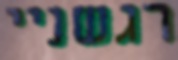
רגשניי